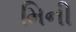
મિની